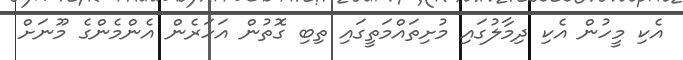
އެކި މީހުން އެކި ދިމާލުގައި މުށިތައްމަތީގައި ތިބި ގޮތުން އަހަރެން އެންމެންގެ މޫނަށް